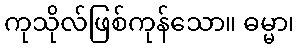
ကုသိုလ်ဖြစ်ကုန်သော။ ဓမ္မာ၊